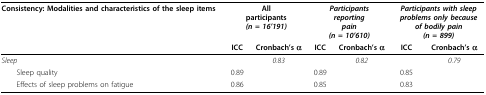
| Consistency: Modalities and characteristics of the sleep items | <COLSPAN=2> Allparticipants(n = 16'191) | <COLSPAN=2> Participantsreportingpain(n = 10'610) | <COLSPAN=2> Participants with sleepproblems only becauseof bodily pain(n = 899) |
 |  | ICC | Cronbach's α | ICC | Cronbach's α | ICC | Cronbach's α |
 | --- | --- | --- | --- | --- | --- | --- |
 | Sleep |  | 0.83 |  | 0.82 |  | 0.79 |
 | Sleep quality | 0.89 |  | 0.89 |  | 0.85 |  |
 | Effects of sleep problems on fatigue | 0.86 |  | 0.85 |  | 0.83 |  |